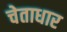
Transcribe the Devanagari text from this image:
चेताधार